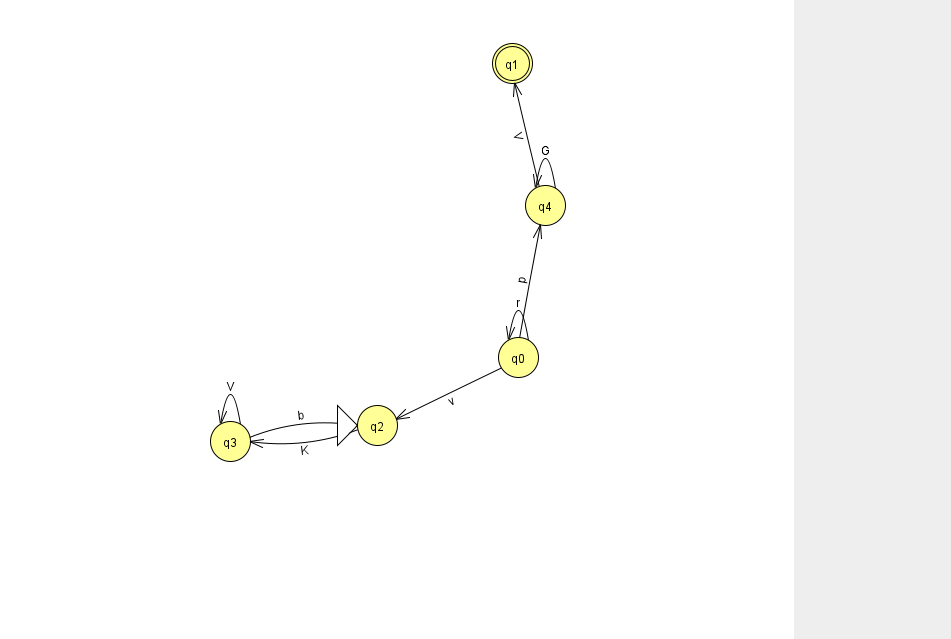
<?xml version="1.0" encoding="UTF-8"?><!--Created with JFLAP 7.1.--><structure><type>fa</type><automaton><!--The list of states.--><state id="0" name="q0"><x>518.0</x><y>344.0</y></state><state id="1" name="q1"><x>512.0</x><y>50.0</y><final/></state><state id="2" name="q2"><x>377.0</x><y>412.0</y><initial/></state><state id="3" name="q3"><x>230.0</x><y>428.0</y></state><state id="4" name="q4"><x>545.0</x><y>192.0</y></state><!--The list of transitions.--><transition><from>2</from><to>3</to><read>K</read></transition><transition><from>0</from><to>0</to><read>r</read></transition><transition><from>0</from><to>2</to><read>v</read></transition><transition><from>3</from><to>3</to><read>V</read></transition><transition><from>4</from><to>1</to><read>V</read></transition><transition><from>4</from><to>4</to><read>G</read></transition><transition><from>0</from><to>4</to><read>p</read></transition><transition><from>3</from><to>2</to><read>b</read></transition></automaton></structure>